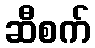
ဆီစက်